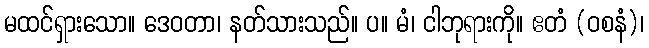
မထင်ရှားသော။ ဒေဝတာ၊ နတ်သားသည်။ ပ။ မံ၊ ငါဘုရားကို။ ဧတံ (ဝစနံ)၊